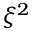
\xi ^ { 2 }